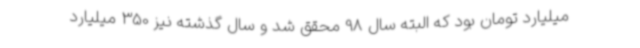
میلیارد تومان بود که البته سال 98 محقق شد و سال گذشته نیز 350 میلیارد